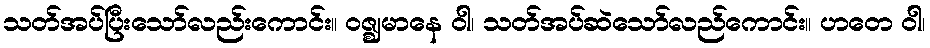
သတ်အပ်ပြီးသော်လည်းကောင်း။ ဝဇ္ဈမာနေ ဝါ၊ သတ်အပ်ဆဲသော်လည်ကောင်း။ ဟတေ ဝါ၊